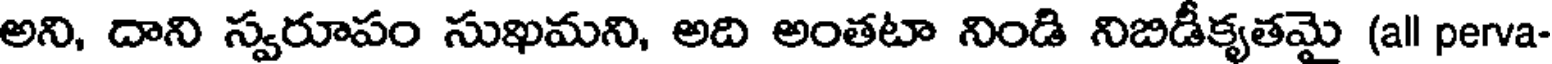
అని, దాని స్వరూపం సుఖమని, అది అంతటా నిండి నిబిడీకృతమై (all perva